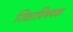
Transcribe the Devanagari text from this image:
शिक्षाविषयक